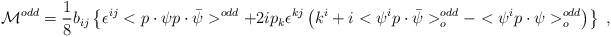
\begin{align*}{\cal M}^{odd} = \frac 18 b_{ij} \left\{ \epsilon^{ij} <p \cdot \psi p \cdot \bar \psi>^{odd} + 2 i p_k \epsilon^{kj} \left (k^i + i <\psi^i p \cdot \bar \psi>^{odd}_o- <\psi^i p \cdot \psi >^{odd}_o \right) \right\} \;,\end{align*}